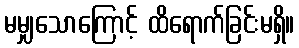
မမျှသောကြောင့် ထိရောက်ခြင်းမရှိ။